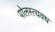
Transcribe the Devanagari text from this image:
पोलस्त्यवध